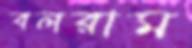
বলরাম